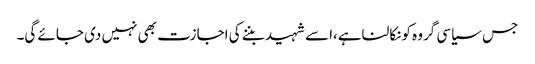
جس سیاسی گروہ کونکالناہے،اسے شہیدبننے کی اجازت بھی نہیں دی جائے گی۔